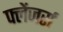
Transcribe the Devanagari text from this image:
फ्लेंजर्स